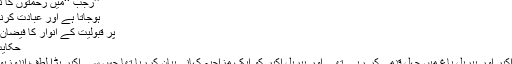
’’رجب ‘‘میں رحمتوں کا نزول تیز
ہوجاتا ہے اور عبادت کرنے والوں
پر قبولیت کے انوار کا فیضان ہوتا ہے
حکایتِ سعدیؒ
ایک دن اکبر اور بیربل باغ میں چہل قدمی کر رہے تھے اور بیربل اکبر کو ایک مزاحیہ کہانی بیان کررہا تھا جس سے اکبر بڑا لطف اندوزہو رہا تھا۔